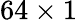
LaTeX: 64\times 1